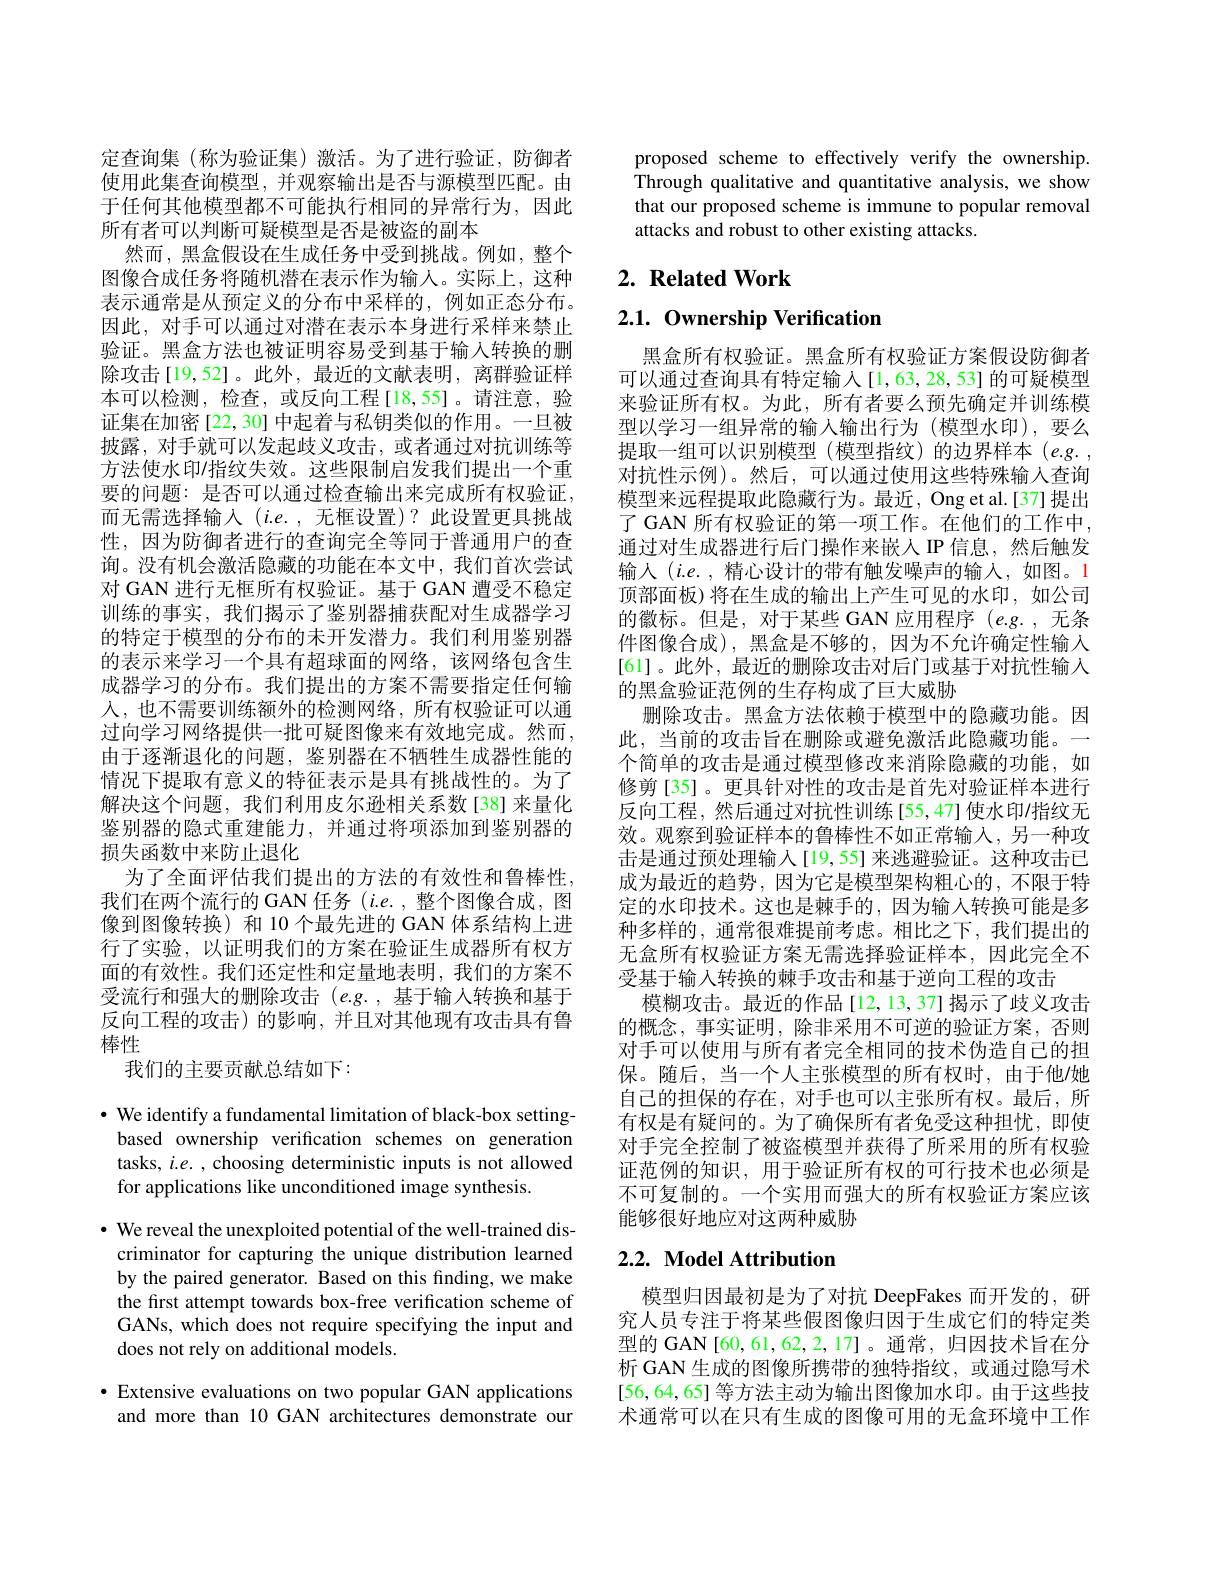
定查询集 (称为验证集)激活。为了进行验证，防御者使用此集查询模型，并观察输出是否与源模型匹配。由于任何其他模型都不可能执行相同的异常行为，因此所有者可以判断可疑模型是否是被盗的副本
然而，黑盒假设在生成任务中受到挑战。例如，整个图像合成任务将随机潜在表示作为输人。实际上，这种表示通常是从预定义的分布中采样的，例如正态分布。因此，对手可以通过对潜在表示本身进行采样来禁止验证。黑盒方法也被证明容易受到基于输入转换的删除攻击[19,52]。此外，最近的文献表明，离群验证样本可以检测，检查，或反向工程[18,55]。请注意，验证集在加密[22,30] 中起着与私钥类似的作用。一旦被披露，对手就可以发起歧义攻击，或者通过对抗训练等方法使水印/指纹失效。这些限制启发我们提出一个重要的问题：是否可以通过检查输出来完成所有权验证， 而无需选择输入$(i.e.$,无框设置)?此设置更具挑战性，因为防御者进行的查询完全等同于普通用户的查询。没有机会激活隐藏的功能在本文中，我们首次尝试对 GAN 进行无框所有权验证。基于 GAN 遭受不稳定训练的事实，我们揭示了鉴别器捕获配对生成器学习的特定于模型的分布的未开发潜力。我们利用鉴别器的表示来学习一个具有超球面的网络，该网络包含生成器学习的分布。我们提出的方案不需要指定任何输人，也不需要训练额外的检测网络，所有权验证可以通过向学习网络提供一批可疑图像来有效地完成。然而， 由于逐渐退化的问题，鉴别器在不牺牲生成器性能的情况下提取有意义的特征表示是具有挑战性的。为了解决这个问题，我们利用皮尔逊相关系数[38]来量化鉴别器的隐式重建能力，并通过将项添加到鉴别器的损失函数中来防止退化
为了全面评估我们提出的方法的有效性和鲁棒性， 我们在两个流行的 GAN 任务$(i.e.$,整个图像合成，图像到图像转换) 和 10 个最先进的 GAN 体系结构上进行了实验，以证明我们的方案在验证生成器所有权方面的有效性。我们还定性和定量地表明，我们的方案不受流行和强大的删除攻击(e.g.,基于输入转换和基于反向工程的攻击)的影响，并且对其他现有攻击具有鲁棒性
我们的主要贡献总结如下：

$\cdot$ We identify a fundamental limitation of black-box setting-
based ownership verification schemes on generation tasks, $i.e.$ , choosing deterministic inputs is not allowed for applications like unconditioned image synthesis.

$\cdot$ We reveal the unexploited potential of the well-trained dis-
criminator for capturing the unique distribution learned by the paired generator. Based on this finding, we make the first attempt towards box-free verification scheme of GANs, which does not require specifying the input and does not rely on additional models.

· Extensive evaluations on two popular GAN applications and more than 10 GAN architectures demonstrate our

proposed scheme to effectively verify the ownership. Through qualitative and quantitative analysis, we show that our proposed scheme is immune to popular removal attacks and robust to other existing attacks.

# $2. \textbf{ Related Work}$

$2. 1. \textbf{Ownership Verification}$

黑盒所有权验证。黑盒所有权验证方案假设防御者可以通过查询具有特定输入[1,63,28,53]的可疑模型来验证所有权。为此，所有者要么预先确定并训练模型以学习一组异常的输入输出行为(模型水印),要么提取一组可以识别模型(模型指纹)的边界样本(e.g., 对抗性示例)。然后，可以通过使用这些特殊输入查询模型来远程提取此隐藏行为。最近，Ong et al.[37] 提出了 GAN 所有权验证的第一项工作。在他们的工作中， 通过对生成器进行后门操作来嵌人 IP 信息，然后触发输入$(i.e.$,精心设计的带有触发噪声的输入，如图。1顶部面板) 将在生成的输出上产生可见的水印，如公司的徽标。但是，对于某些 GAN 应用程序$(e.g.$,无条件图像合成),黑盒是不够的，因为不允许确定性输入[61]。此外，最近的删除攻击对后门或基于对抗性输入的黑盒验证范例的生存构成了巨大威胁
删除攻击。黑盒方法依赖于模型中的隐藏功能。因此，当前的攻击旨在删除或避免激活此隐藏功能。一个简单的攻击是通过模型修改来消除隐藏的功能，如修剪[35]。更具针对性的攻击是首先对验证样本进行反向工程，然后通过对抗性训练[55,47]使水印/指纹无效。观察到验证样本的鲁棒性不如正常输入，另一种攻击是通过预处理输入[19,55] 来逃避验证。这种攻击已成为最近的趋势，因为它是模型架构粗心的，不限于特定的水印技术。这也是棘手的，因为输入转换可能是多种多样的，通常很难提前考虑。相比之下，我们提出的无盒所有权验证方案无需选择验证样本，因此完全不受基于输入转换的棘手攻击和基于逆向工程的攻击
模糊攻击。最近的作品[12,13,37]揭示了歧义攻击的概念，事实证明，除非采用不可逆的验证方案，否则对手可以使用与所有者完全相同的技术伪造自己的担保。随后，当一个人主张模型的所有权时，由于他/她自己的担保的存在，对手也可以主张所有权。最后，所有权是有疑问的。为了确保所有者免受这种担忧，即使对手完全控制了被盗模型并获得了所采用的所有权验证范例的知识，用于验证所有权的可行技术也必须是不可复制的。一个实用而强大的所有权验证方案应该能够很好地应对这两种威胁

# 2.2. Model Attribution

模型归因最初是为了对抗 DeepFakes 而开发的，研究人员专注于将某些假图像归因于生成它们的特定类型的 GAN [60,61,62,2,17]。通常，归因技术旨在分析 GAN 生成的图像所携带的独特指纹，或通过隐写术[56,64,65]等方法主动为输出图像加水印。由于这些技术通常可以在只有生成的图像可用的无盒环境中工作